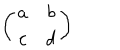
\left( \begin{array} { c c } { { a } } & { { b } } \\ { { c } } & { { d } } \\ \end{array} \right)